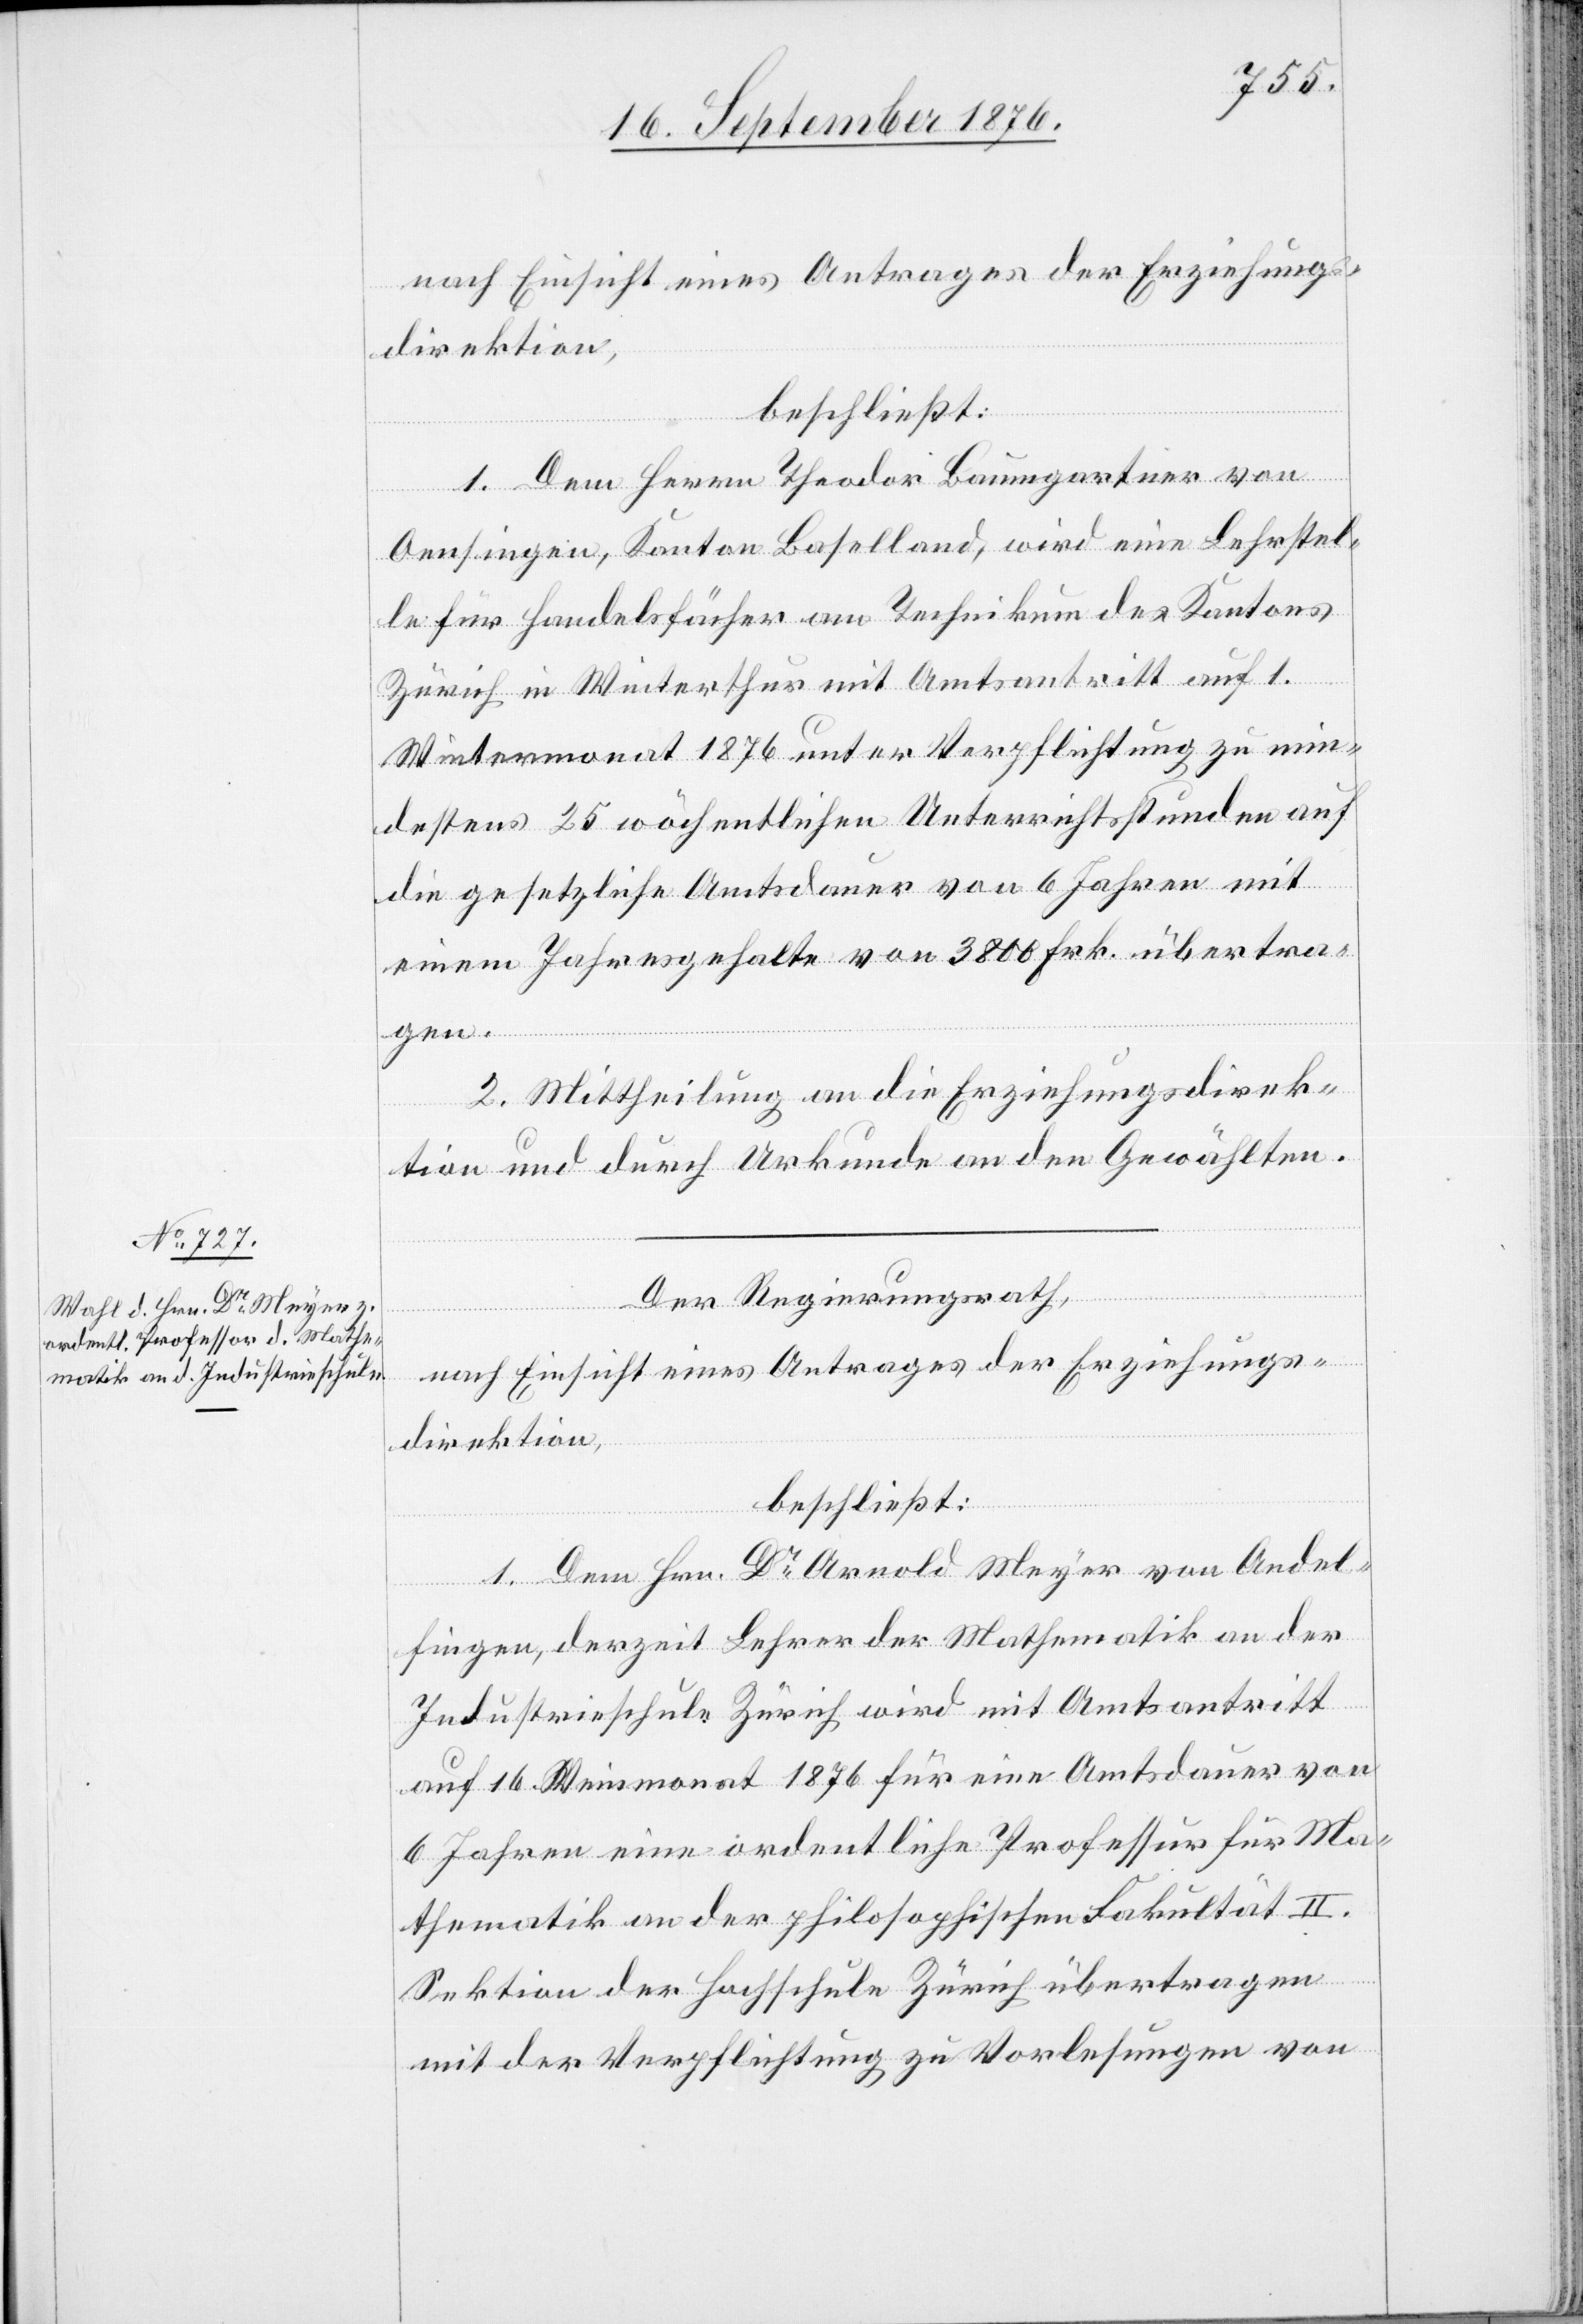
nach Einsicht eines Antrages der Erziehungs¬
direktion,
beschließt:
1. Dem Herrn Theodor Baumgartner von
Oensingen, Kanton Baselland, wird eine Lehrstel¬
le für Handelsfächer am Technikum des Kantons
Zürich in Winterthur mit Amtsantritt auf 1.
Wintermonat 1876 unter Verpflichtung zu min¬
destens 25 wöchentlichen Unterrichtsstunden auf
die gesetzliche Amtsdauer von 6 Jahren mit
einem Jahresgehalte von 3800 Frk. übertra¬
gen.
2. Mittheilung an die Erziehungsdirek¬
tion und durch Urkunde an den Gewählten.
Der Regierungsrath,
nach Einsicht eines Antrages der Erziehungs¬
direktion,
beschließt:
1. Dem Hrn. Dr Arnold Meyer von Andel¬
fingen, derzeit Lehrer der Mathematik an der
Industrieschule Zürich wird mit Amtsantritt
auf 16. Weinmonat 1876 für eine Amtsdauer von
6 Jahren eine ordentliche Professur für Ma¬
thematik an der philosophischen Fakultät II.
Sektion der Hochschule Zürich übertragen
mit der Verpflichtung zu Vorlesungen von